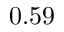
0 . 5 9